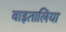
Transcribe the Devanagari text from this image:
वाइतालिया